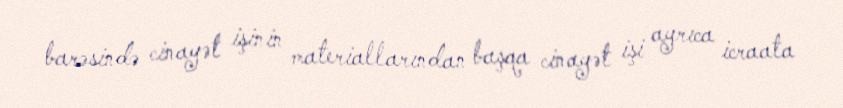
barəsində cinayət işinin materiallarından başqa cinayət işi ayrıca icraata